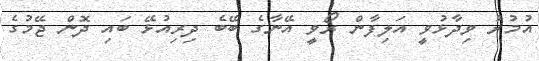
އުމުރު ވިދާޅުވީ އަލިފާން ރޯވީ އޭނާގެ ބޭބެ ދިރިއުޅޭ ބައި ދޮން ޖޭމުގެ